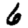
Digit: 6